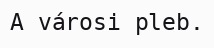
A városi pleb.